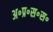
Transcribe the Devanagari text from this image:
अ॰प्र॰स॰स॰